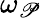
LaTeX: \omega_{\mathscr{P}}